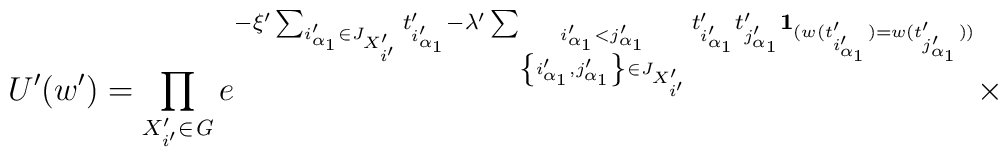
U'(w')=\prod_{X'_{i'}\in{\it G}}e^{-\xi'\sum_{i_{\alpha_{1}}'\in J_{X'_{i'}}}t'_{i_{\alpha_{1}}'}-\lambda'\sum_{\stackrel{i_{\alpha_{1}}'< j_{\alpha_{1}}'}{\left\{i_{\alpha_{1}}',j_{\alpha_{1}}'\right\}\in J_{X'_{i'}}}}t'_{i_{\alpha_{1}}'}t'_{j_{\alpha_{1}}'}{\bf 1}_{(w(t'_{i'_{\alpha_{1}}})=w(t'_{j'_{\alpha_{1}}}))}}\times